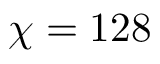
\chi = 1 2 8